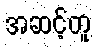
အဆင့်တူ